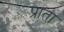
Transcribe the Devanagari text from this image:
प्राता